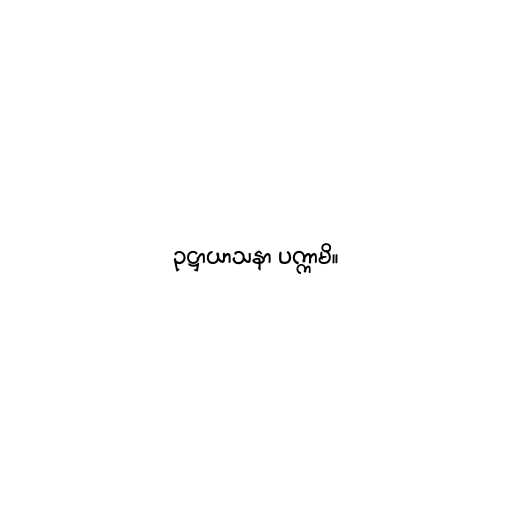
ဥဋ္ဌာယာသနာ ပက္ကာမိ။